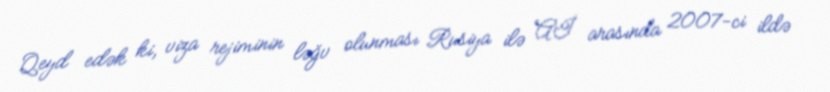
Qeyd edək ki, viza rejiminin ləğv olunması Rusiya ilə Aİ arasında 2007-ci ildə